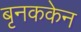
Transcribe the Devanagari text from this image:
बृनककेन